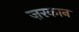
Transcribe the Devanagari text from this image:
ज़रकान